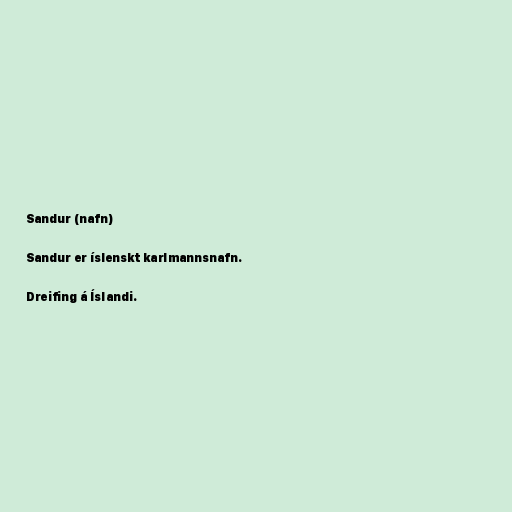
Sandur (nafn)

Sandur er íslenskt karlmannsnafn.

Dreifing á Íslandi.